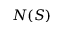
N ( S )